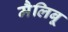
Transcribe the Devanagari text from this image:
मैलिबू